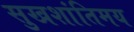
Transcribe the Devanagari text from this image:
सुखशांतिमय